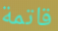
قاتمة